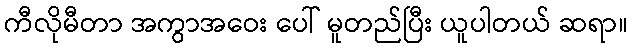
ကီလိုမီတာ အကွာအဝေး ပေါ် မူတည်ပြီး ယူပါတယ် ဆရာ။